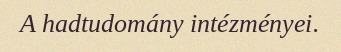
A hadtudomány intézményei.